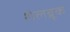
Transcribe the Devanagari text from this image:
शेलब्रूक